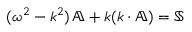
( \omega ^ { 2 } - \mathbb { k } ^ { 2 } ) \, \mathbb { A } + \mathbb { k } ( \mathbb { k } \cdot \mathbb { A } ) = \mathbb { S }